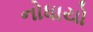
નોધાયો